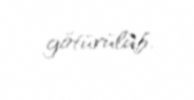
götürülüb.